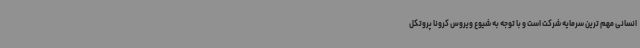
انسانی مهم ترین سرمایه شرکت است و با توجه به شیوع ویروس کرونا پروتکل